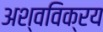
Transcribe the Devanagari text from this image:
अश्वविक्रय